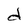
Character: d